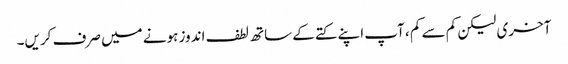
آخری لیکن کم سے کم ، آپ اپنے کتے کے ساتھ لطف اندوز ہونے میں صرف کریں۔